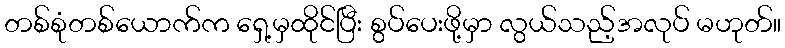
တစ်စုံတစ်ယောက်က ရှေ့မှထိုင်ပြီး စွပ်ပေးဖို့မှာ လွယ်သည့်အလုပ် မဟုတ်။